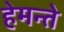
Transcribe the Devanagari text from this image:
हेमन्ते